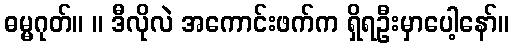
ဓမ္မဂုတ်။ ။ ဒီလိုလဲ အကောင်းဖက်က ရှိရဦးမှာပေါ့နော်။